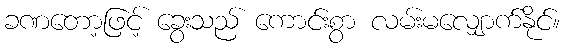
ခဏတော့ဖြင့် ခွေးသည် ကောင်းစွာ လမ်းမလျှောက်နိုင်။